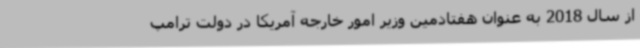
از سال 2018 به عنوان هفتادمین وزیر امور خارجه آمریکا در دولت ترامپ